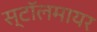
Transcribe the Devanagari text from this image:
स्टॉलमायर